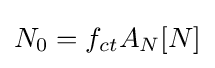
N_{0}=f_{ct}{A_{N}}[N]